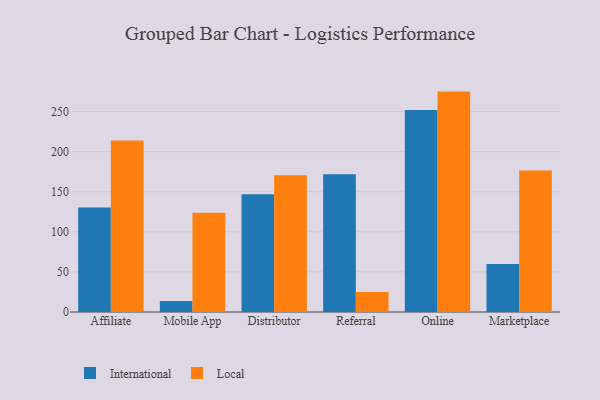
{"axis": {"x": "Channel", "y": "Gross Profit (USD K)"}, "legend": ["International", "Local"], "data": [{"x": "Affiliate", "y": 130.4, "type": "International"}, {"x": "Affiliate", "y": 213.9, "type": "Local"}, {"x": "Mobile App", "y": 13.8, "type": "International"}, {"x": "Mobile App", "y": 123.7, "type": "Local"}, {"x": "Distributor", "y": 146.8, "type": "International"}, {"x": "Distributor", "y": 170.7, "type": "Local"}, {"x": "Referral", "y": 171.9, "type": "International"}, {"x": "Referral", "y": 25.1, "type": "Local"}, {"x": "Online", "y": 252.0, "type": "International"}, {"x": "Online", "y": 274.9, "type": "Local"}, {"x": "Marketplace", "y": 59.8, "type": "International"}, {"x": "Marketplace", "y": 176.5, "type": "Local"}]}